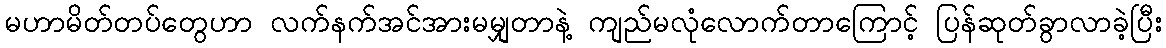
မဟာမိတ်တပ်တွေဟာ လက်နက်အင်အားမမျှတာနဲ့ ကျည်မလုံလောက်တာကြောင့် ပြန်ဆုတ်ခွာလာခဲ့ပြီး